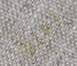
زمنية